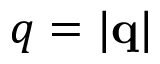
q = | \mathbf { q } |